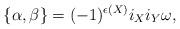
LaTeX: \begin{align*}\{\alpha, \beta\}=(-1)^{\epsilon(X)}i_Xi_Y\omega ,\end{align*}